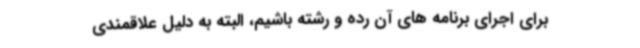
برای اجرای برنامه های آن رده و رشته باشیم، البته به دلیل علاقمندی